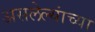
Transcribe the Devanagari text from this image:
असलेल्यांच्या